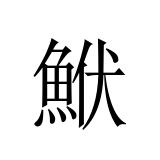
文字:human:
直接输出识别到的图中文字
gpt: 鮲